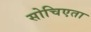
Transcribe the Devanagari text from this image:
सोचिएता